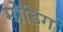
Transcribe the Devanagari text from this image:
मोडिंग